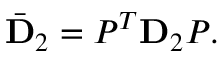
\bar { \mathbf { D } } _ { 2 } = P ^ { T } \mathbf { D } _ { 2 } P .